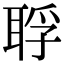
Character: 𦖀